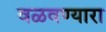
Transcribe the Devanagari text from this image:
वळवण्यारा